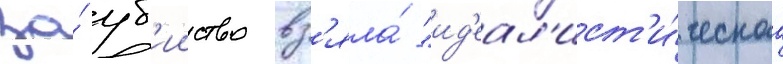
за́ уб'ииство вз'яла́ "ид'еал'ист'и́ческаа